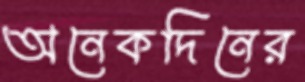
অনেকদিনের